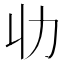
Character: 𠠳